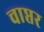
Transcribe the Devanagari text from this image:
चाप्तर